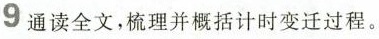
9 通读全文，梳理并概括计时变迁过程。